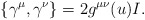
\begin{align*}\{\gamma^{\mu},\gamma^{\nu}\}=2g^{\mu\nu}(u)I.\end{align*}